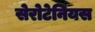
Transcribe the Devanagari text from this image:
सेरोटेनियस